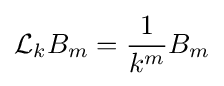
{\mathcal {L}}_{k}B_{m}={\frac {1}{k^{m}}}B_{m}